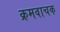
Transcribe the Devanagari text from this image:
क्रमवाचक